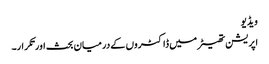
ویڈیو
اپریشن تھیٹر میں ڈاکٹروں کے درمیان بحث اورتکرار۔